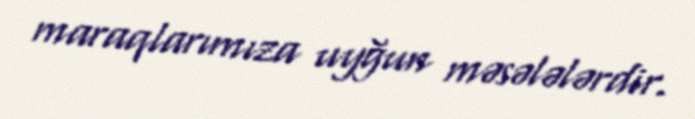
maraqlarımıza uyğun məsələlərdir.